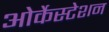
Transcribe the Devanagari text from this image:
ओर्केस्टेशन